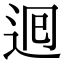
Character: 𮞉